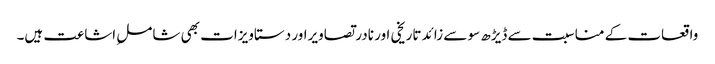
واقعات کے مناسبت سے ڈیڑھ سو سے زائد تاریخی اور نادر تصاویراور دستاویزات بھی شاملِ اشاعت ہیں۔